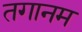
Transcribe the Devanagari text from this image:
तगानम